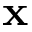
\mathbf { x }